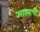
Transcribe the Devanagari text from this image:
आत्याची